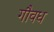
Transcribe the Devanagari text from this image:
गौवध